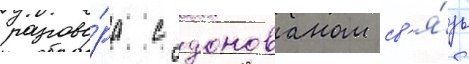
разгово́ра с донованом св'я́зь